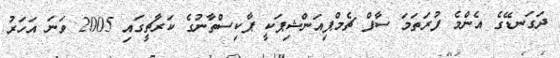
ދަގަނޑޭގެ އެންމެ ފުރަތަމަ ސާފް ޗެމްޕިއަންޝިޕަކީ ޕާކިސްތާނުގެ ކަރާޗީގައި 2005 ވަނަ އަހަރު